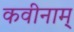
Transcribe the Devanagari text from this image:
कवीनाम्